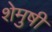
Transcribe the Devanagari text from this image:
शेमुषी